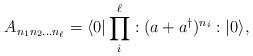
LaTeX: \begin{align*}A_{n_1n_2\dots n_\ell}=\langle0|\prod_i^\ell :(a+a^\dag)^{n_i}:|0\rangle,\end{align*}